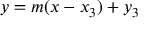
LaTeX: y = m ( x - x _ { 3 } ) + y _ { 3 }